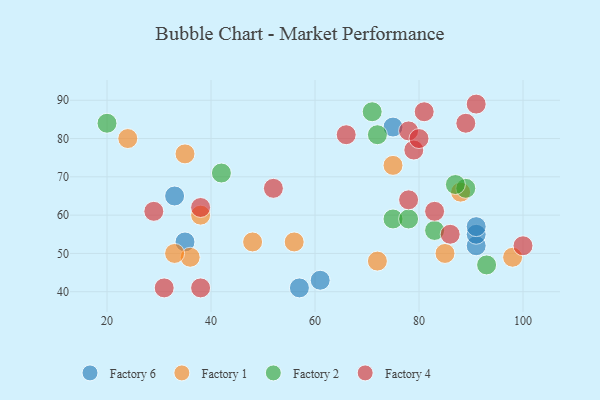
{"axis": {"x": "GDP", "y": "Life Expectancy"}, "legend": ["Factory 1", "Factory 2", "Factory 4", "Factory 6"], "data": [{"x": "91", "y": 52, "type": "Factory 6"}, {"x": "61", "y": 43, "type": "Factory 6"}, {"x": "33", "y": 65, "type": "Factory 6"}, {"x": "35", "y": 53, "type": "Factory 6"}, {"x": "57", "y": 41, "type": "Factory 6"}, {"x": "75", "y": 83, "type": "Factory 6"}, {"x": "91", "y": 55, "type": "Factory 6"}, {"x": "91", "y": 57, "type": "Factory 6"}, {"x": "88", "y": 66, "type": "Factory 1"}, {"x": "98", "y": 49, "type": "Factory 1"}, {"x": "24", "y": 80, "type": "Factory 1"}, {"x": "56", "y": 53, "type": "Factory 1"}, {"x": "75", "y": 73, "type": "Factory 1"}, {"x": "35", "y": 76, "type": "Factory 1"}, {"x": "72", "y": 48, "type": "Factory 1"}, {"x": "48", "y": 53, "type": "Factory 1"}, {"x": "85", "y": 50, "type": "Factory 1"}, {"x": "36", "y": 49, "type": "Factory 1"}, {"x": "38", "y": 60, "type": "Factory 1"}, {"x": "33", "y": 50, "type": "Factory 1"}, {"x": "42", "y": 71, "type": "Factory 2"}, {"x": "71", "y": 87, "type": "Factory 2"}, {"x": "93", "y": 47, "type": "Factory 2"}, {"x": "89", "y": 67, "type": "Factory 2"}, {"x": "75", "y": 59, "type": "Factory 2"}, {"x": "78", "y": 59, "type": "Factory 2"}, {"x": "20", "y": 84, "type": "Factory 2"}, {"x": "87", "y": 68, "type": "Factory 2"}, {"x": "72", "y": 81, "type": "Factory 2"}, {"x": "83", "y": 56, "type": "Factory 2"}, {"x": "78", "y": 64, "type": "Factory 4"}, {"x": "89", "y": 84, "type": "Factory 4"}, {"x": "78", "y": 82, "type": "Factory 4"}, {"x": "66", "y": 81, "type": "Factory 4"}, {"x": "81", "y": 87, "type": "Factory 4"}, {"x": "52", "y": 67, "type": "Factory 4"}, {"x": "83", "y": 61, "type": "Factory 4"}, {"x": "79", "y": 77, "type": "Factory 4"}, {"x": "31", "y": 41, "type": "Factory 4"}, {"x": "80", "y": 80, "type": "Factory 4"}, {"x": "100", "y": 52, "type": "Factory 4"}, {"x": "86", "y": 55, "type": "Factory 4"}, {"x": "38", "y": 41, "type": "Factory 4"}, {"x": "38", "y": 62, "type": "Factory 4"}, {"x": "29", "y": 61, "type": "Factory 4"}, {"x": "91", "y": 89, "type": "Factory 4"}]}